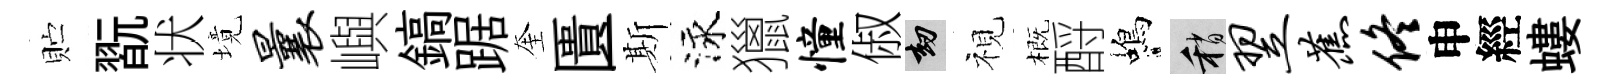
贮翫状境曩嶼鎬踞奎匱斯泳獵憧俶劫視概酹蝎稍翌蕉佟申經螻